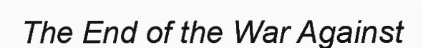
The End of the War Against